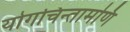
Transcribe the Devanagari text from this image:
योगचिन्तामणि